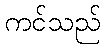
ကင်သည်